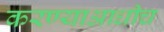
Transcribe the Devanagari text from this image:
करण्याआधीच